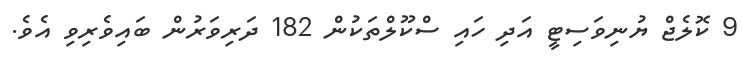
9 ކޮލެޖް ޔުނިވަސިޓީ އަދި ހައި ސްކޫލްތަކުން 182 ދަރިވަރުން ބައިވެރިވި އެވެ.